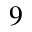
9